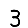
Digit: 3